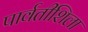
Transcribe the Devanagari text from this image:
पार्वतीशिला